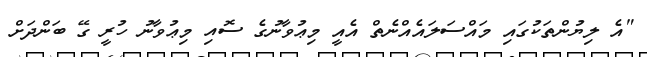
"އެ ލިޔުންތަކުގައި މައްސަލައެއްނެތް އެއީ މިޢުވާނުގެ ސޮއި މިޢުވާނު ހުރީ ގޭ ބަންދަށް